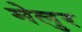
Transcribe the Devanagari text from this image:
मेलुर